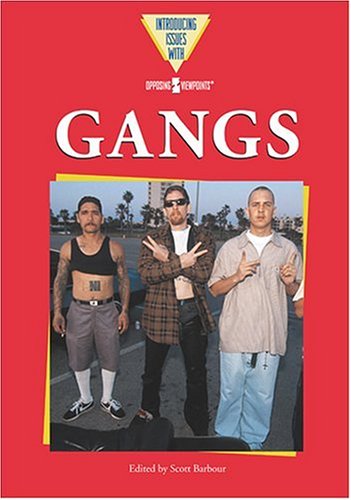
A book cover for Gangs (Introducing Issues With Opposing Viewpoints); Scott Barbour; Teen & Young Adult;